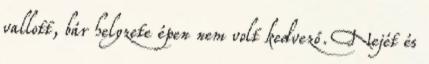
vallott, bár helyzete épen nem volt kedvező. Nejét és